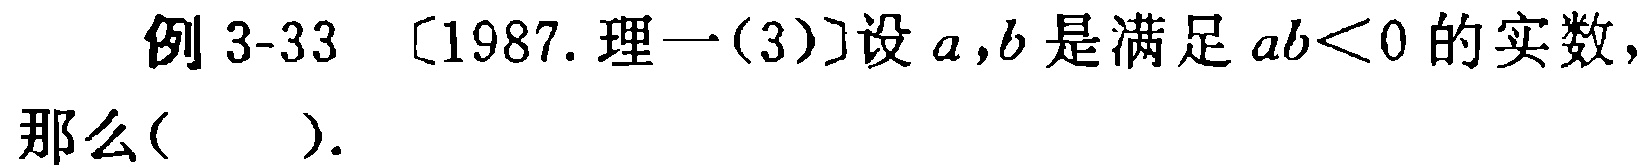
例 3-33 [1987. 理一(3)]设 \(a,b\) 是满足 \(ab<0\) 的实数，那么( ).